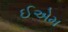
ઈએમ